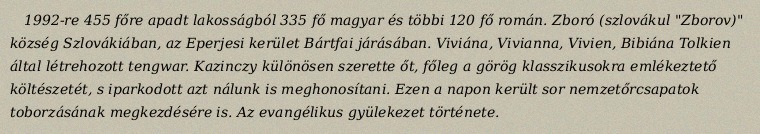
1992-re 455 főre apadt lakosságból 335 fő magyar és többi 120 fő román. Zboró (szlovákul "Zborov)" község Szlovákiában, az Eperjesi kerület Bártfai járásában. Viviána, Vivianna, Vivien, Bibiána Tolkien által létrehozott tengwar. Kazinczy különösen szerette őt, főleg a görög klasszikusokra emlékeztető költészetét, s iparkodott azt nálunk is meghonosítani. Ezen a napon került sor nemzetőrcsapatok toborzásának megkezdésére is. Az evangélikus gyülekezet története.